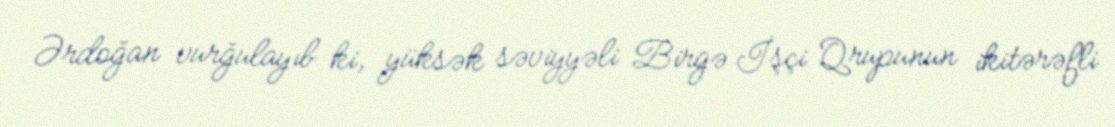
Ərdoğan vurğulayıb ki, yüksək səviyyəli Birgə İşçi Qrupunun ikitərəfli